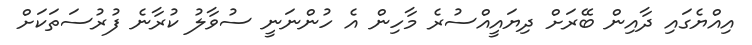
އިއްޔެގައި ދާއިން ބޭރަށް ދިޔައީއްސުރެ މާހިން އެ ހުންނަނީ ސުވާލު ކުރާނެ ފުރުސަތަކަށް